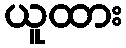
ယူထား